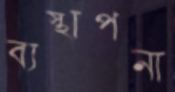
ব্যস্থাপনা